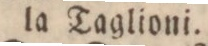
la Taglioni.